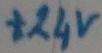
Text: +24V